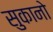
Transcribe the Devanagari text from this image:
सुकानो